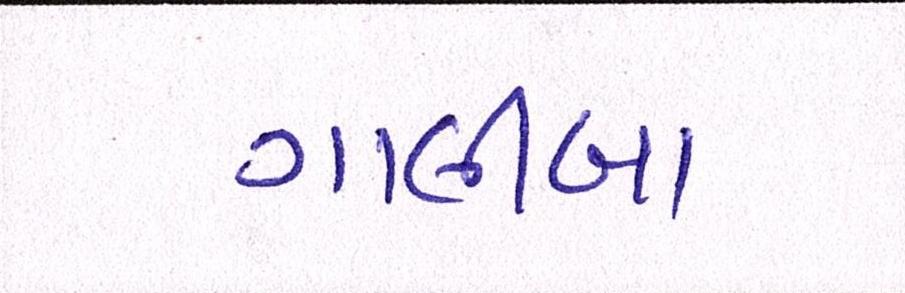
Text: ગાલીબા